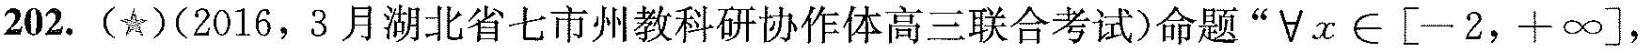
202.(☆)(2016，3月湖北省七市州教科研协作体高三联合考试)命题”\forall x \in \left [-2，+\infty \right ]，